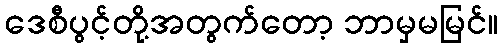
ဒေစီပွင့်တို့အတွက်တော့ ဘာမှမမြင်။